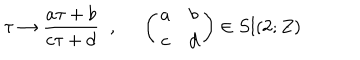
\tau \rightarrow \frac { a \tau + b } { c \tau + d } \; \; , \; \; \left( \begin{array} { c c } { { a } } & { { b } } \\ { { c } } & { { d } } \\ \end{array} \right) \in S l ( 2 ; Z )